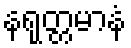
နရုတ္တမာနံ